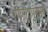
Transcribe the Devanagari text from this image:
गाणगापुरास